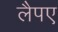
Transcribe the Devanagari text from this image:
लैपए